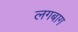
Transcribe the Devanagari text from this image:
लगबाग